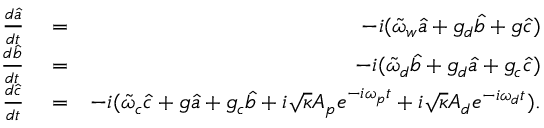
\begin{array} { r l r } { \frac { d \hat { a } } { d t } } & { { } = } & { - i ( \tilde { \omega } _ { w } \hat { a } + g _ { d } \hat { b } + g \hat { c } ) } \\ { \frac { d \hat { b } } { d t } } & { { } = } & { - i ( \tilde { \omega } _ { d } \hat { b } + g _ { d } \hat { a } + g _ { c } \hat { c } ) } \\ { \frac { d \hat { c } } { d t } } & { { } = } & { - i ( \tilde { \omega } _ { c } \hat { c } + g \hat { a } + g _ { c } \hat { b } + i \sqrt { \kappa } A _ { p } e ^ { - i \omega _ { p } t } + i \sqrt { \kappa } A _ { d } e ^ { - i \omega _ { d } t } ) . } \end{array}